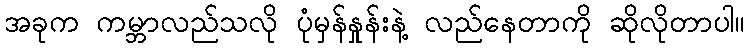
အခုက ကမ္ဘာလည်သလို ပုံမှန်နှုန်းနဲ့ လည်နေတာကို ဆိုလိုတာပါ။